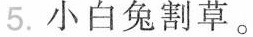
5. 小白兔割草。